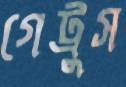
গেট্রুস